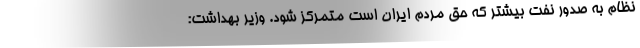
نظام به صدور نفت بیشتر که حق مردم ایران است متمرکز شود. وزیر بهداشت: